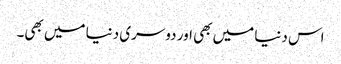
اس دنیا میں بھی اور دوسری دنیا میں بھی۔